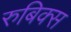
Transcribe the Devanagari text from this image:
रुबिक्स